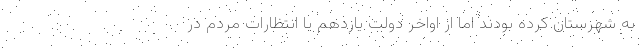
به شهرستان کرده بودند اما از اواخر دولت یازدهم با انتظارات مردم در